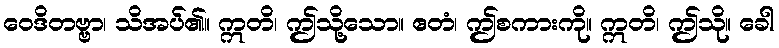
ဝေဒိတဗ္ဗာ၊ သိအပ်၏။ ဣတိ၊ ဤသို့သော။ ဧတံ၊ ဤစကားကို။ ဣတိ၊ ဤသို။ ခေါ